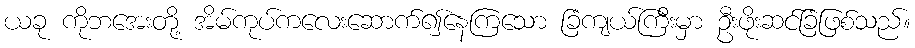
ယခု ကိုဘအေးတို့ အိမ်ကုပ်ကလေးဆောက်၍နေကြသော ခြံကျယ်ကြီးမှာ ဦးဖိုးဆင်ခြံဖြစ်သည်။